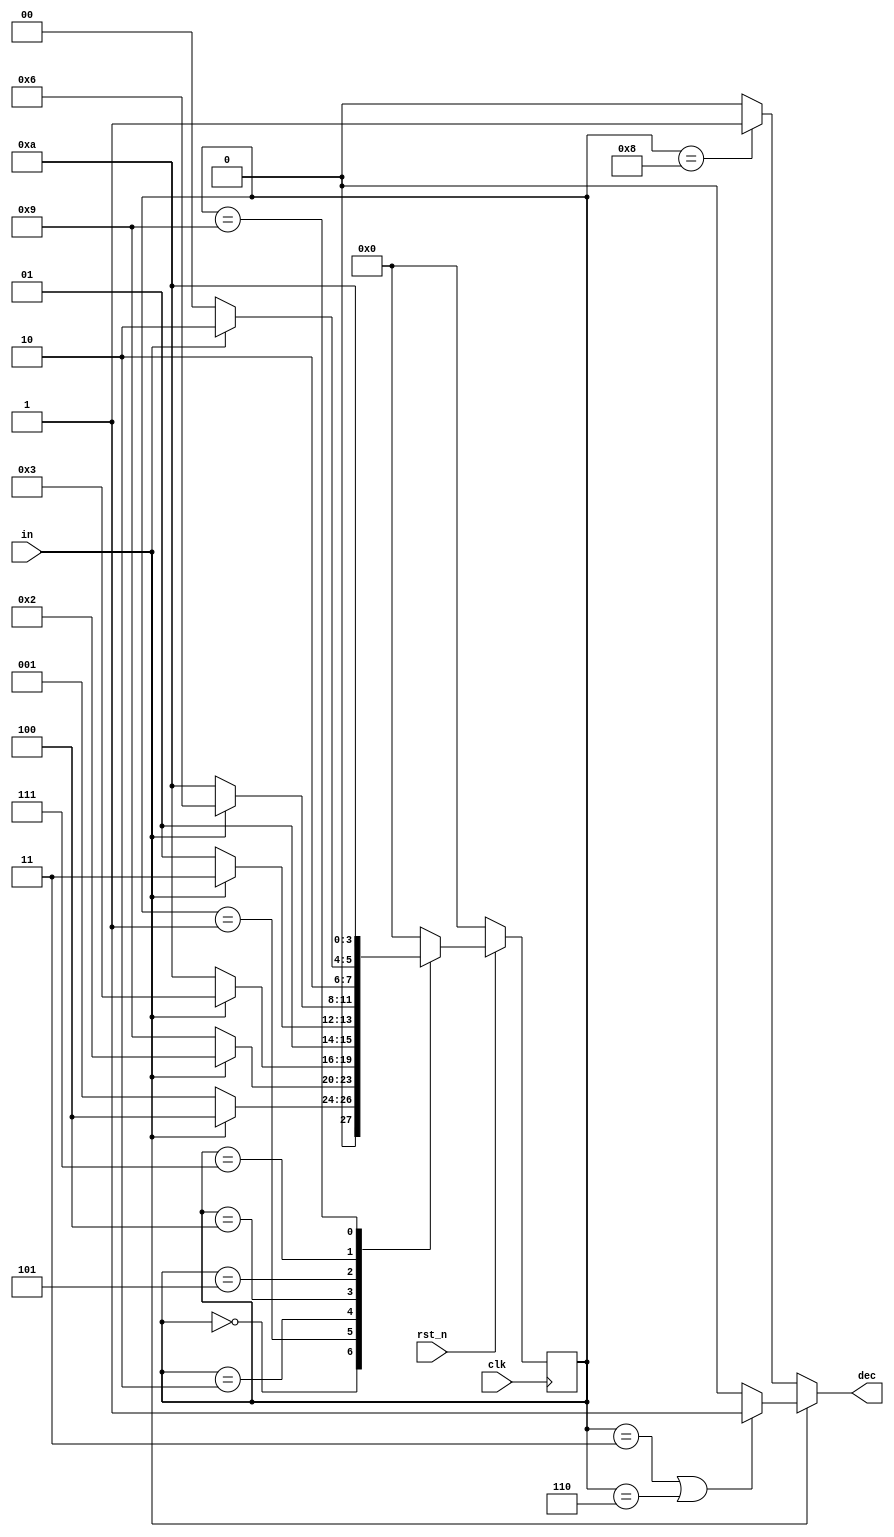
`timescale 1ns/1ps

module Mealy_Sequence_Detector (clk, rst_n, in, dec);

    input clk, rst_n;
    input in;
    output dec;
        
    parameter S0 = 4'b0000;
    parameter S1 = 4'b0001;
    parameter S2 = 4'b0010;
    parameter S3 = 4'b0011;
    parameter S4 = 4'b0100;
    parameter S5 = 4'b0101;
    parameter S6 = 4'b0110;
    parameter S7 = 4'b0111;
    parameter S8 = 4'b1000;
    parameter S9 = 4'b1001;
    parameter S10 = 4'b1010;

    reg dec;
    reg [4-1:0] state, next_state;

    always @(posedge clk) begin
        if (!rst_n) begin
            state <= S0;
        end else begin
            state <= next_state;
        end
    end

    always @(*) begin
        case (state)
            S0 : begin
               if (in) next_state = S4;
               else next_state = S1;
            end
            S1 : begin
                if (in) next_state = S2;
                else next_state = S9;
            end
            S2 : begin
                if (in) next_state = S3;
                else next_state = S10;
            end
            S3 : begin
                next_state = S0;
            end
            S4 : begin
                if (in) next_state = S7;
                else next_state = S5;
            end
            S5 : begin
                if (in) next_state = S6;
                else next_state = S10;
            end
            S6 : begin
                next_state = S0;
            end
            S7 : begin
                if (in) next_state = S10;
                else next_state = S8;
            end
            S8 : begin
                next_state = S0;
            end
            S9 : begin
                next_state = S10;
            end
            S10 : begin
                next_state = S0;
            end
            default : begin
                next_state = S0;
            end
        endcase
    end

    always @(*) begin
        if (in) begin
            if ((state == S3) || (state == S6)) begin
                dec = 1'b1;
            end else begin
                dec = 1'b0;
            end
        end else begin
            if (state == S8) begin
                dec = 1'b1;
            end else begin
                dec = 1'b0;
            end
        end
    end


endmodule